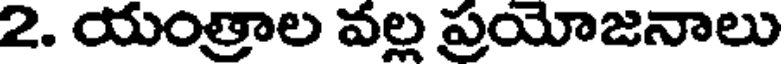
2. యంత్రాల వల్ల ప్రయోజనాలు